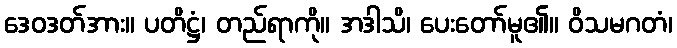
ဒေဝဒတ်အား။ ပတိဋ္ဌံ၊ တည်ရာကို။ အဒါသိ၊ ပေးတော်မူ၏။ ဝိသမဂတံ၊